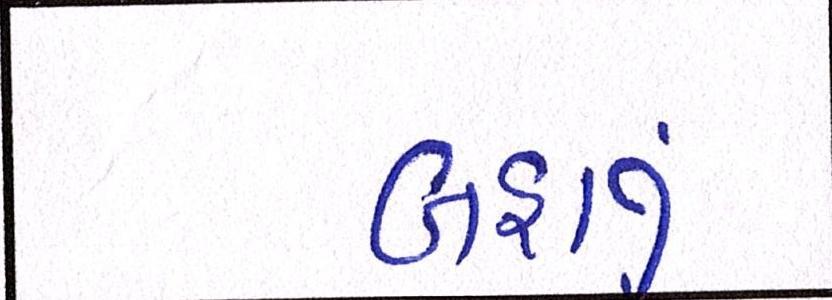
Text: બહાનું